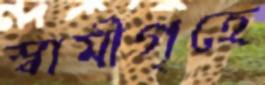
স্বামীগৃহে